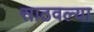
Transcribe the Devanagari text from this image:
साठवल्या